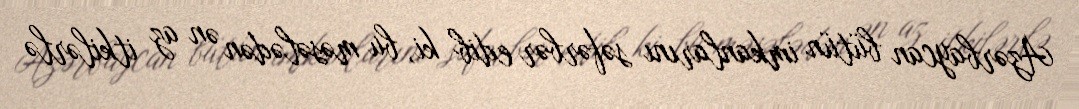
Azərbaycan bütün imkanlarını səfərbər edib ki, bu məsələdən ən az itkilərlə